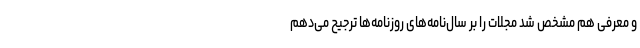
و معرفی هم مشخص شد مجلات را بر سال‌نامه‌های روزنامه‌ها ترجیح می‌دهم